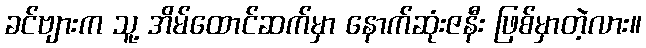
ခင်ဗျားက သူ့ အိမ်ထောင်ဆက်မှာ နောက်ဆုံးဇနီး ဖြစ်မှာတဲ့လား။